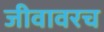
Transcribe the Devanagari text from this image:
जीवावरच